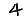
Digit: 4